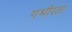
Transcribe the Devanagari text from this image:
गभीरता